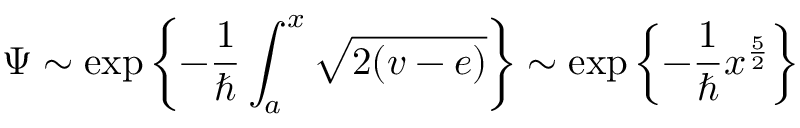
\Psi \sim \exp \left\{ - \frac { 1 } { \hbar } \int _ { a } ^ { x } \sqrt { 2 ( v - e ) } \right\} \sim \exp \left\{ - \frac { 1 } { \hbar } x ^ { \frac { 5 } { 2 } } \right\}